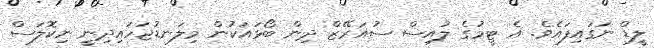
ލީޑް ނަގައިފައެވެ. އެ ޓީމުގެ ލުއިސް ސުއަރޭޒް ދިން ބޯޅައަކުން މިލަނޑުޖަހައިދިނީ ނިކޮލަސް